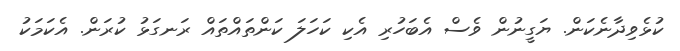
ކުޅެވިދާނެކަން. ޔަގީނުން ވެސް އެބަހުރި އެކި ކަހަލަ ކަންތައްތައް ރަނގަޅު ކުރަން. އެކަމަކު